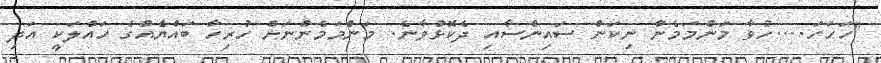
"ހަހަހަ....ހުވާ މަންމަމެން ނިކަން ސައިންސާއި ދެކޮޅުވާނެ. މަންމަމެންނަށް ހުރިހާ ބައްޔެއްގެ ހައްލަކީ އަދި